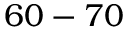
6 0 - 7 0